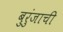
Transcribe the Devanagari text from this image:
बुरुंजाची